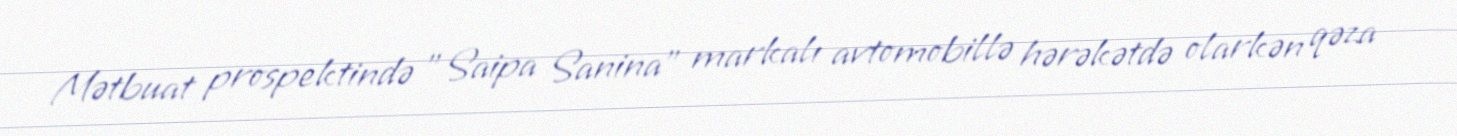
Mətbuat prospektində "Saipa Sanina" markalı avtomobillə hərəkətdə olarkən qəza